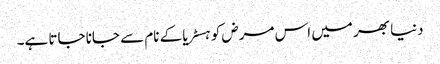
دنیا بھر میں اس مرض کو ہسٹریا کے نام سے جانا جاتا ہے۔